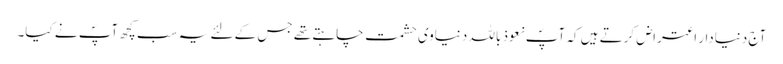
آج دنیادار اعتراض کرتے ہیں کہ آپؐ نعوذ باللہ دنیاوی حشمت چاہتے تھے جس کے لئے یہ سب کچھ آپؐ نے کیا۔